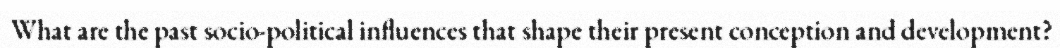
What are the past socio-political influences that shape their present conception and development?